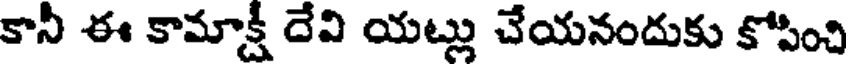
కానీ ఈ కామాక్షీ దేవి యట్లు చేయనందుకు కోపించి